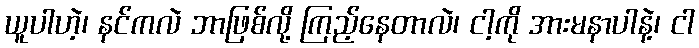
ယူပါဟဲ့၊ နင်ကလဲ ဘာဖြစ်လို့ ကြည့်နေတာလဲ၊ ငါ့ကို အားမနာပါနဲ့၊ ငါ